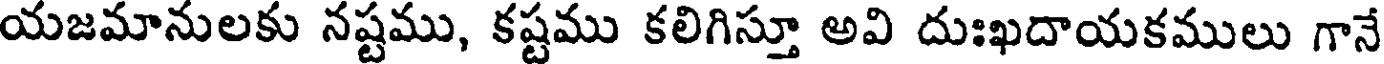
యజమానులకు నష్టము, కష్టము కలిగిస్తూ అవి దుఃఖదాయకములు గానే